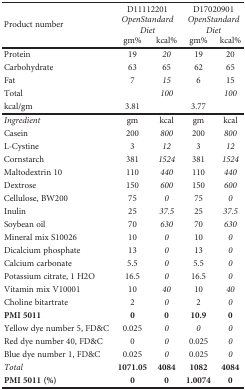
<table><thead><tr><td rowspan="3"><b>Product number</b></td><td colspan="2"><b>D11112201</b></td><td colspan="2"><b>D17020901</b></td></tr><tr><td colspan="2"><b><i>OpenStandard Diet</i></b></td><td colspan="2"><b><i>OpenStandard Diet</i></b></td></tr><tr><td><b>gm%</b></td><td><b>kcal%</b></td><td><b>gm%</b></td><td><b>kcal%</b></td></tr></thead><tbody><tr><td>Protein</td><td>19</td><td><i>20</i></td><td>19</td><td>20</td></tr><tr><td>Carbohydrate</td><td>63</td><td>65</td><td>62</td><td>65</td></tr><tr><td>Fat</td><td>7</td><td><i>15</i></td><td>6</td><td>15</td></tr><tr><td>Total</td><td></td><td><i>100</i></td><td></td><td><i>100</i></td></tr><tr><td>kcal/gm</td><td>3.81</td><td></td><td>3.77</td><td></td></tr><tr><td><i>Ingredient</i></td><td>gm</td><td>kcal</td><td>gm</td><td>kcal</td></tr><tr><td>Casein</td><td>200</td><td><i>800</i></td><td>200</td><td><i>800</i></td></tr><tr><td>L-Cystine</td><td>3</td><td><i>12</i></td><td>3</td><td><i>12</i></td></tr><tr><td>Cornstarch</td><td>381</td><td><i>1524</i></td><td>381</td><td><i>1524</i></td></tr><tr><td>Maltodextrin 10</td><td>110</td><td><i>440</i></td><td>110</td><td><i>440</i></td></tr><tr><td>Dextrose</td><td>150</td><td><i>600</i></td><td>150</td><td><i>600</i></td></tr><tr><td>Cellulose, BW200</td><td>75</td><td><i>0</i></td><td>75</td><td><i>0</i></td></tr><tr><td>Inulin</td><td>25</td><td><i>37.5</i></td><td>25</td><td><i>37.5</i></td></tr><tr><td>Soybean oil</td><td>70</td><td><i>630</i></td><td>70</td><td><i>630</i></td></tr><tr><td>Mineral mix S10026</td><td>10</td><td><i>0</i></td><td>10</td><td><i>0</i></td></tr><tr><td>Dicalcium phosphate</td><td>13</td><td><i>0</i></td><td>13</td><td><i>0</i></td></tr><tr><td>Calcium carbonate</td><td>5.5</td><td><i>0</i></td><td>5.5</td><td><i>0</i></td></tr><tr><td>Potassium citrate, 1 H2O</td><td>16.5</td><td><i>0</i></td><td>16.5</td><td><i>0</i></td></tr><tr><td>Vitamin mix V10001</td><td>10</td><td><i>40</i></td><td>10</td><td><i>40</i></td></tr><tr><td>Choline bitartrate</td><td>2</td><td><i>0</i></td><td>2</td><td><i>0</i></td></tr><tr><td><b>PMI 5011</b></td><td><b>0</b></td><td><b>0</b></td><td><b>10.9</b></td><td><b>0</b></td></tr><tr><td>Yellow dye number 5, FD&amp;C</td><td>0.025</td><td><i>0</i></td><td><i>0</i></td><td><i>0</i></td></tr><tr><td>Red dye number 40, FD&amp;C</td><td>0</td><td><i>0</i></td><td>0.025</td><td><i>0</i></td></tr><tr><td>Blue dye number 1, FD&amp;C</td><td>0.025</td><td><i>0</i></td><td>0.025</td><td><i>0</i></td></tr><tr><td><i>Total</i></td><td><b>1071.05</b></td><td><b>4084</b></td><td><b>1082</b></td><td><b>4084</b></td></tr><tr><td><b>PMI 5011 (%)</b></td><td><b>0</b></td><td><b>0</b></td><td><b>1.0074</b></td><td><b>0</b></td></tr></tbody></table>